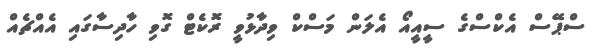
ސްޕޭސް އެކްސްގެ ސީއީއޯ އެލަން މަސްކް ވިދާޅުވީ ރޮކެޓް ގޮވި ހާދިސާގައި އެއްޗެއް